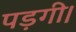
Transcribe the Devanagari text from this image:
पड़गी।